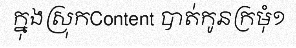
ក្នុងស្រុកContent បាត់កូនក្រមុំ១